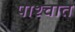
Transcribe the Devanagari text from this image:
पाश्‍चात